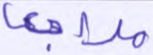
مراجعة